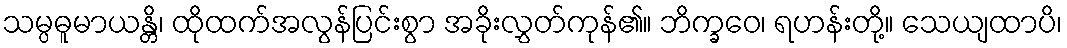
သမ္ပဓူမာယန္တိ၊ ထိုထက်အလွန်ပြင်းစွာ အခိုးလွှတ်ကုန်၏။ ဘိက္ခဝေ၊ ရဟန်းတို့။ သေယျထာပိ၊